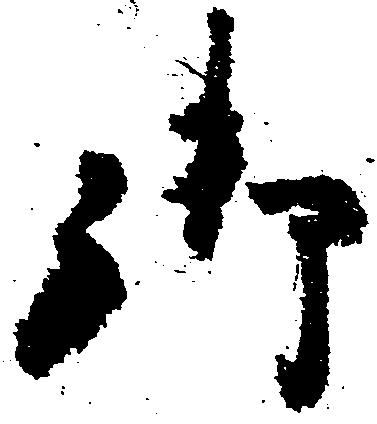
御